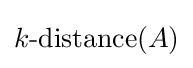
k{\text{-distance}}(A)